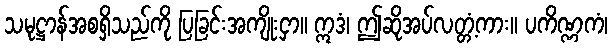
သမုဋ္ဌာန်အစရှိသည်ကို ပြခြင်းအကျိုးငှာ။ ဣဒံ၊ ဤဆိုအပ်လတ္တံ့ကား။ ပကိဏ္ဏကံ၊